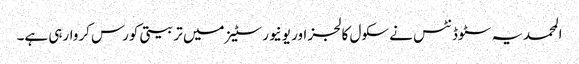
المحمدیہ سٹوڈنٹس نے سکول کالجز اور یونیورسٹیز میں تربیتی کورس کروارہی ہے۔